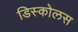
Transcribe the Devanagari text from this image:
डिस्कोलस